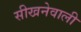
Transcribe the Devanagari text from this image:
सीखनेवाली